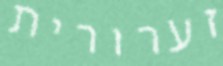
זערורית